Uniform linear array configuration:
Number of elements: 16
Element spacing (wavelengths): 0.75
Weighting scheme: hamming
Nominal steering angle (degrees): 15
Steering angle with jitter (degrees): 14.254
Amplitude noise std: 0.05
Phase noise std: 0.05

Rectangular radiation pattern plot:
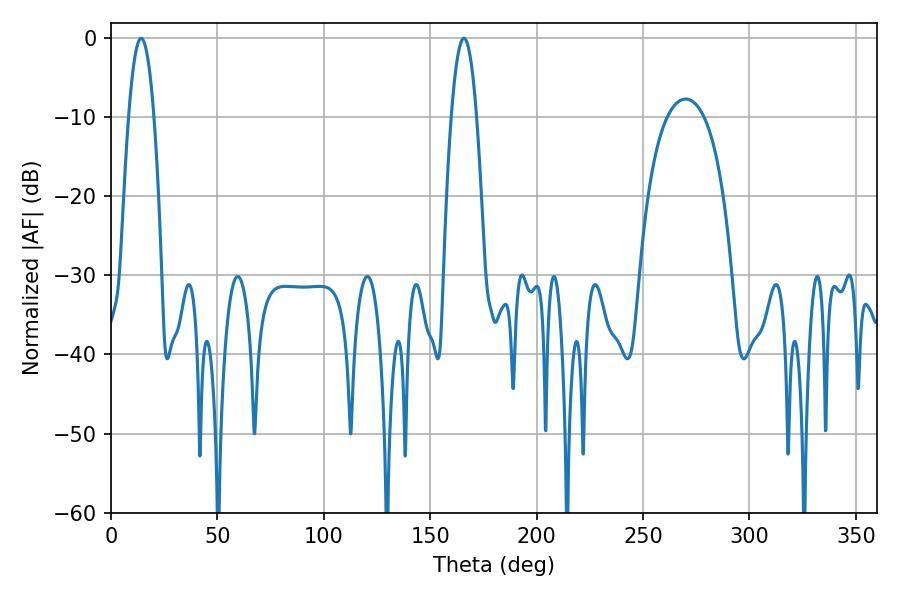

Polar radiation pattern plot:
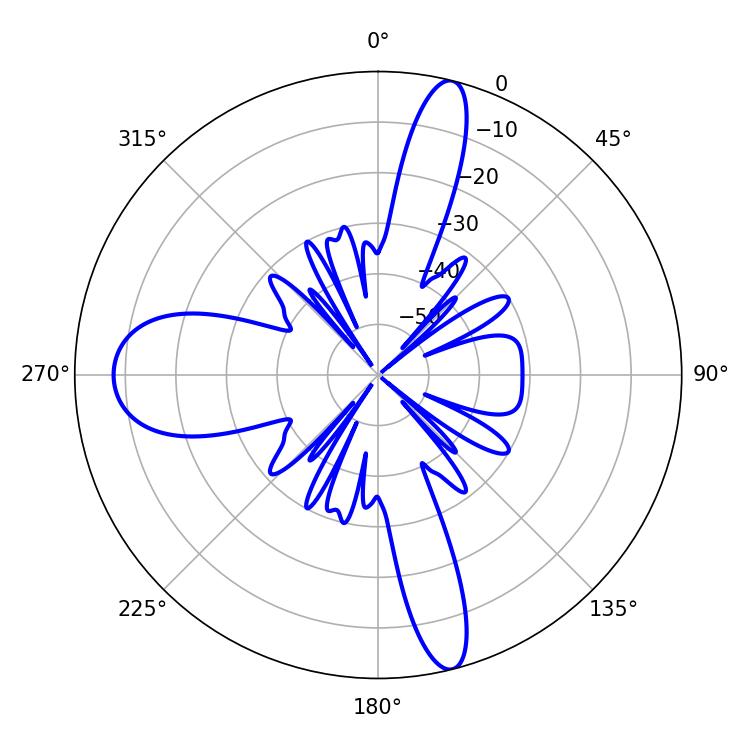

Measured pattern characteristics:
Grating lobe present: TRUE
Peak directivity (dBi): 30.791
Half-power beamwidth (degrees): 6.48
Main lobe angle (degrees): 14.22